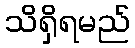
သိရှိရမည်